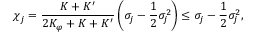
\chi _ { j } = \frac { K + K ^ { \prime } } { 2 K _ { \varphi } + K + K ^ { \prime } } \left( \sigma _ { j } - \frac { 1 } { 2 } \sigma _ { j } ^ { 2 } \right) \le \sigma _ { j } - \frac { 1 } { 2 } \sigma _ { j } ^ { 2 } ,